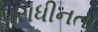
પરાધીનતા